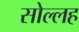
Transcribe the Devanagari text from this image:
सोल्लह